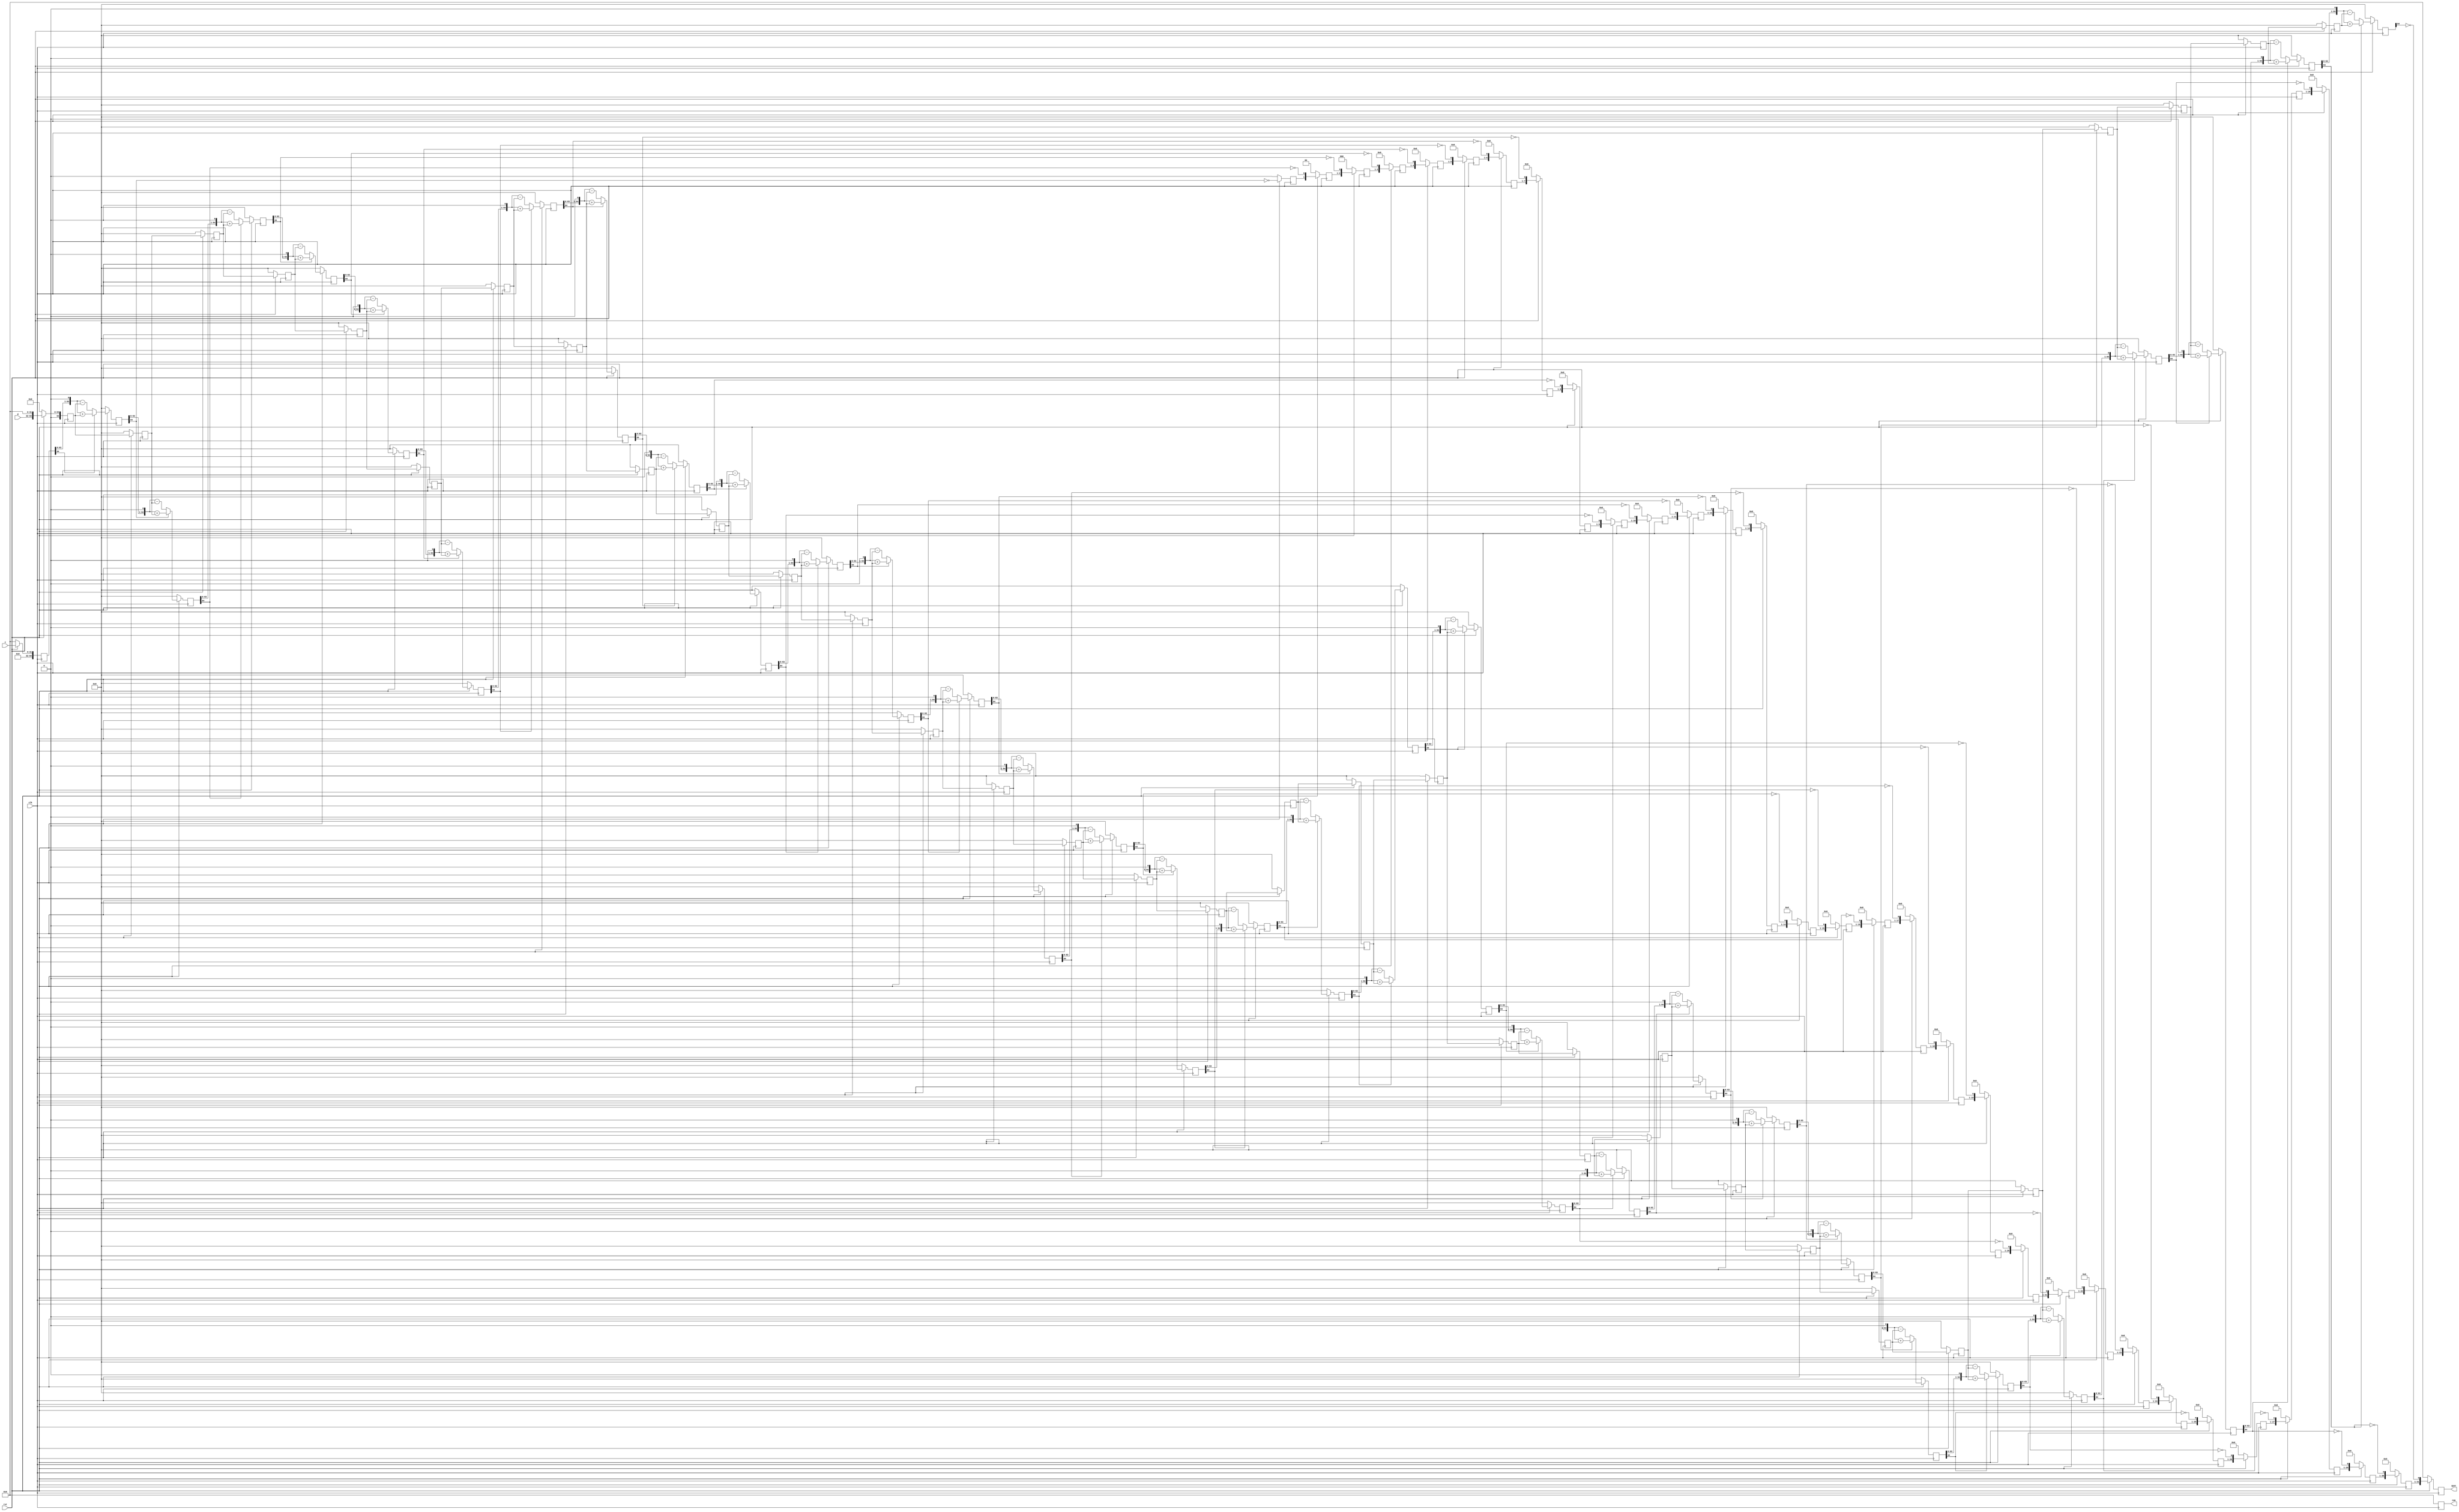
// A pipelined non-restoring integer division,
// output is valid in WIDTH + 1 clock cycles.
//
// WIDTH: input width
module div_pipelined(clk, rst, z, d,
                     quot, rem);
   parameter  WIDTH = 32;
   
   localparam ZBITS = WIDTH*2;
   localparam DBITS = ZBITS / 2;
	
   input clk;
   input rst;
   input [WIDTH -1:0] z;
   input [DBITS -1:0] d;
   output [DBITS -1:0] quot;
   output [DBITS -1:0] rem;
   reg [DBITS-1:0]     quot;
   reg [DBITS-1:0]     rem;

   function [ZBITS:0] remainder;
      input [ZBITS:0]  rem_i; input [ZBITS:0]  d_i;
      begin
	 remainder = (rem_i[ZBITS])?({rem_i[ZBITS-1:0], 1'b0} + d_i):
	                            ({rem_i[ZBITS-1:0], 1'b0} - d_i);
      end
   endfunction // remainder
   
   function [DBITS-1:0] remainder_final;
      input [ZBITS:0] rem_i; input [ZBITS:0] d_i;
      begin
	 remainder_final = (rem_i[ZBITS]?(rem_i + d_i):rem_i);
      end
   endfunction // remainder_final
                     

   function [DBITS-1:0] quotient;
      input [DBITS-1:0] quot_i; input [ZBITS:0] rem_i;
      begin
	 quotient = {quot_i[DBITS-2:0], ~rem_i[ZBITS]};
      end
   endfunction

   reg [ZBITS:0]   d_stage  [DBITS:0];
   reg [DBITS-1:0] quot_stage  [DBITS:0];
   reg [ZBITS:0]   rem_stage  [DBITS:0];

   wire [ZBITS:0]  rem_next;
   assign rem_next = remainder_final(rem_stage[DBITS], d_stage[DBITS]);

   integer         stage, stage0;
   
   always @(posedge clk)
     if (!rst) begin
        quot <= 0;
        rem <= 0;
        for (stage=0; stage <=DBITS; stage=stage+1) begin
           rem_stage[stage] <= 0;
           quot_stage[stage] <= 0;
           d_stage[stage] <= 0;
        end
     end  else begin
        d_stage[0] <= { 1'b0, d, { (ZBITS-DBITS){1'b0} } };
        rem_stage[0] <= z;
        quot_stage[0] <= 0; quot_stage[1] <= 0;
        
        for(stage0=1; stage0 <= DBITS; stage0=stage0+1) begin
           if (stage0>1)
	     quot_stage[stage0] <= quotient(quot_stage[stage0-1], rem_stage[stage0-1]);
           d_stage[stage0] <= d_stage[stage0-1];
	   rem_stage[stage0] <= remainder(rem_stage[stage0-1], d_stage[stage0-1]);
        end

	quot <= quotient(quot_stage[DBITS], rem_stage[DBITS]);
	  rem <= rem_next[ZBITS-1:ZBITS-DBITS];
     end // else: !if(!rst)
      
endmodule